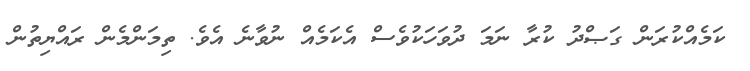
ކަމެއްކުރަން ގަޞްދު ކުރާ ނަމަ ދުވަހަކުވެސް އެކަމެއް ނުވާނެ އެވެ. ތިމަންމެން ރައްޔިތުން